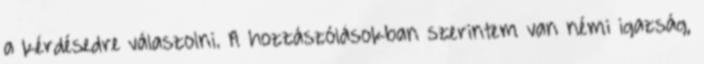
a kérdésedre válaszolni. A hozzászólásokban szerintem van némi igazság,